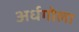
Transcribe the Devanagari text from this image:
अर्धगोला